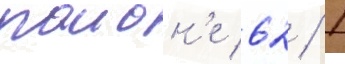
раион'е 62 / 1